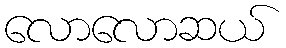
လောလောဆယ်